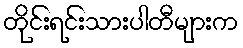
တိုင်းရင်းသားပါတီများက